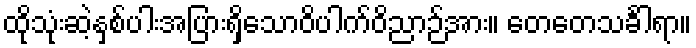
ထိုသုံးဆဲ့နှစ်ပါးအပြားရှိသောဝိပါက်ဝိညာဉ်အား။ တေတေသင်္ခါရာ။